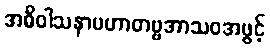
အဓိဝါသနာပဟာတဗ္ဗအာသဝအဖွင့်